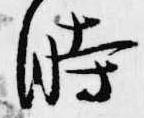
時